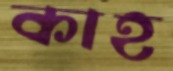
কাহ